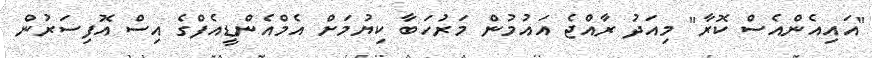
"އައިއެންއެސް ކޮރާ" މިއަދު ރާއްޖެ އައުމުން މަރުހަބާ ކިޔުމަށް އެމްއެންޑީއެފްގެ އިސް އޮފިސަރުން